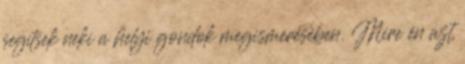
segítsek neki a helyi gondok megismerésében. Mire én azt